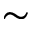
\sim